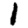
Digit: 1